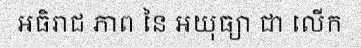
អធិរាជ ភាព នៃ អយុធ្យា ជា លើក